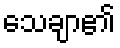
သေချာ၏